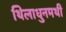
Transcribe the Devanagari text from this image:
थिलाधुनमथी